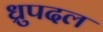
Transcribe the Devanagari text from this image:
ध्रुपदल